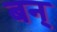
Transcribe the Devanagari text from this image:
बन्